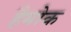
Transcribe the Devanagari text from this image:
हैमोक